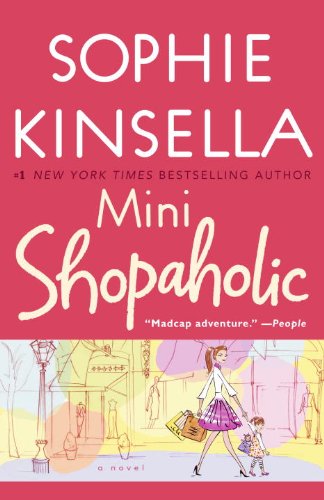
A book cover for Mini Shopaholic: A Novel; Sophie Kinsella; Literature & Fiction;